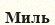
Миль